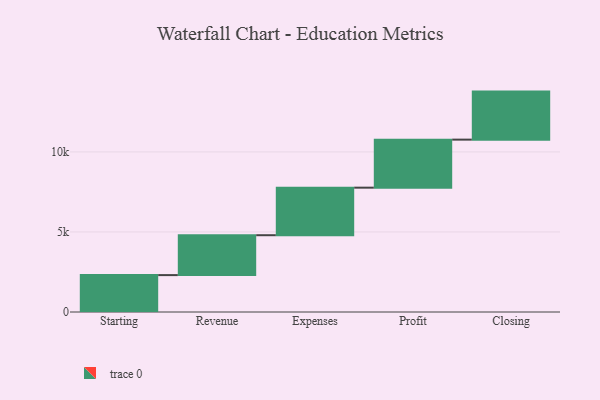
{"axis": {"x": "Step", "y": "Value"}, "legend": [""], "data": [{"x": "Starting", "y": 2305.0, "type": ""}, {"x": "Revenue", "y": 2491.0, "type": ""}, {"x": "Expenses", "y": 2970.0, "type": ""}, {"x": "Profit", "y": 3000, "type": ""}, {"x": "Closing", "y": 3000, "type": ""}]}